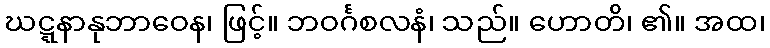
ဃဋ္ဋနာနုဘာဝေန၊ ဖြင့်။ ဘဝင်္ဂစလနံ၊ သည်။ ဟောတိ၊ ၏။ အထ၊